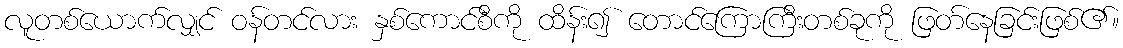
လူတစ်ယောက်လျှင် ဝန်တင်လား နှစ်ကောင်စီကို ထိန်း၍ တောင်ကြောကြီးတစ်ခုကို ဖြတ်နေခြင်းဖြစ်၏။